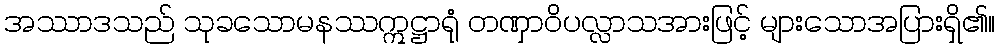
အဿာဒသည် သုခသောမနဿဣဋ္ဌာရုံ တဏှာဝိပလ္လာသအားဖြင့် များသောအပြားရှိ၏။